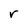
Character: r